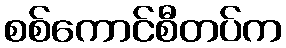
စစ်ကောင်စီတပ်က